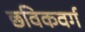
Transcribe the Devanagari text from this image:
छविकवर्ग